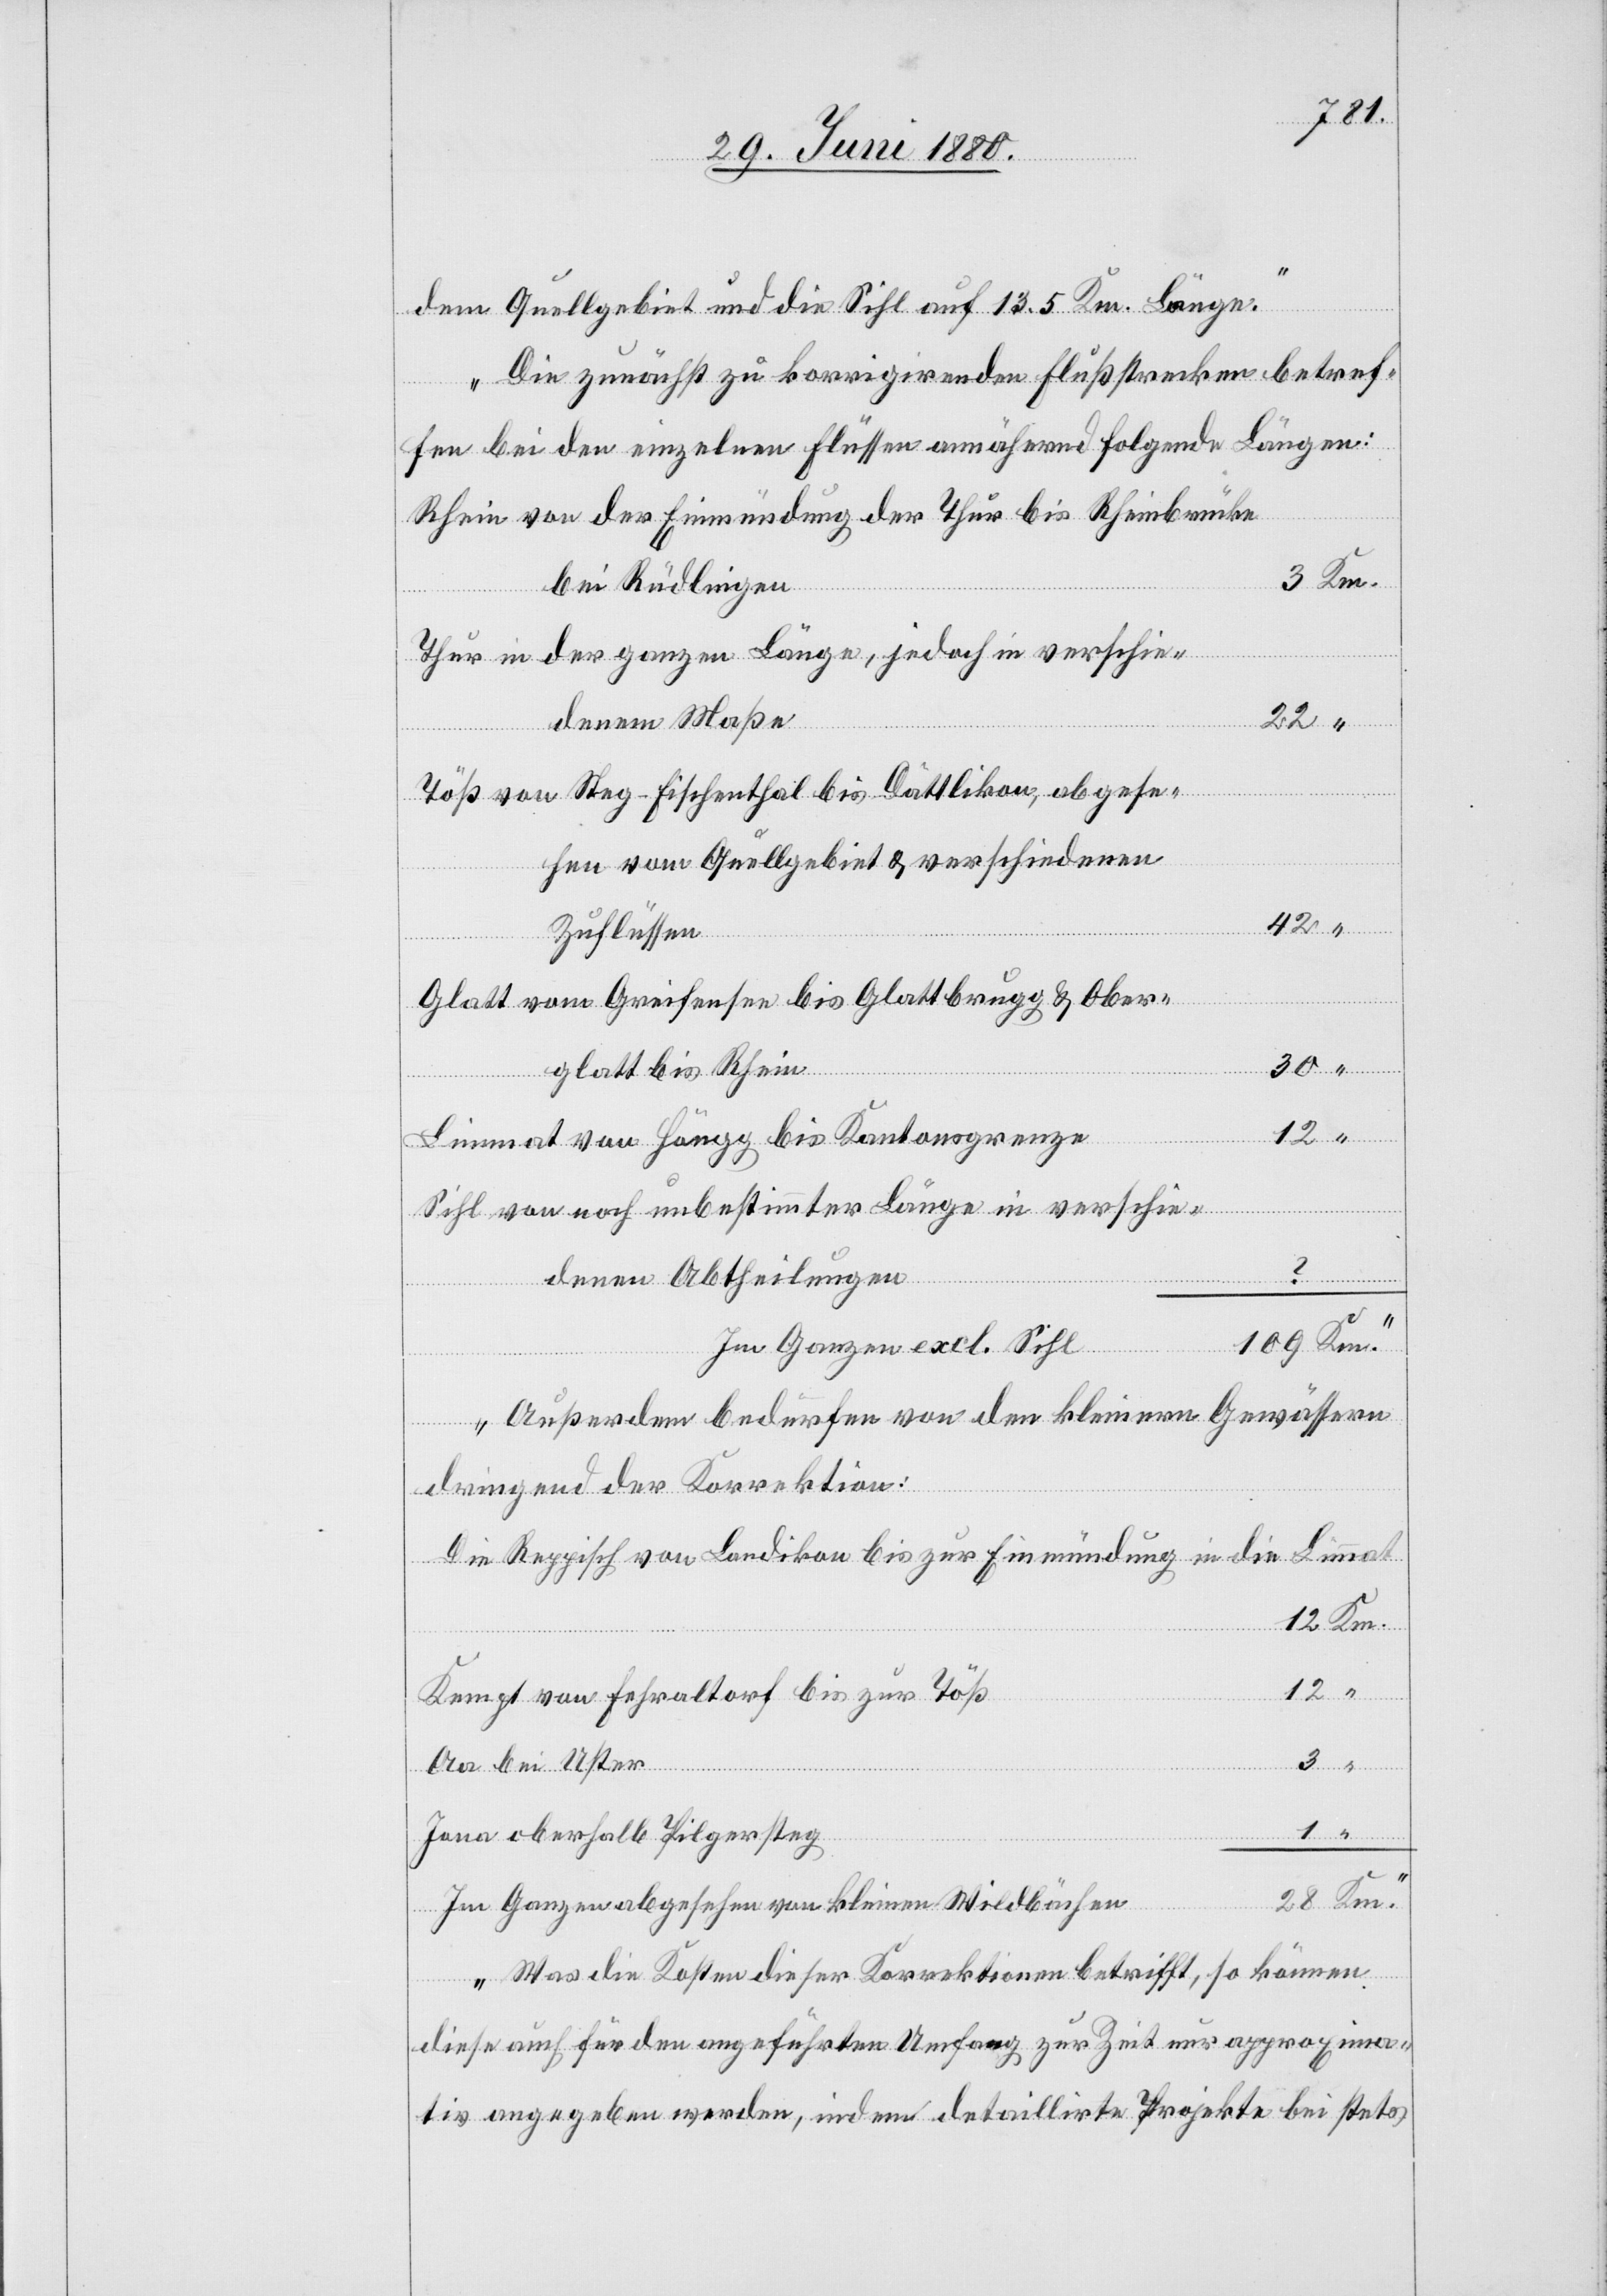
dem Quellgebiet und die Sihl auf 13.5 Km. Länge.
Die zunächst zu korrigirenden Flußstrecken betref¬
fen bei den einzelnen Flüssen annähernd folgende Längen:
Rhein von der Einmündung der Thur bis Rheinbrücke
bei Rüdlingen
Km.
Thur in der ganzen Länge, jedoch in verschie¬
denem Maße
22
“
Töß von Steg - Fischenthal bis Dättlikon, abgese¬
hen vom Quellgebiet & verschiedenen
Zuflüssen
“
Glatt von Greifensee bis Glattbrugg & Ober¬
glatt bis Rhein
Limmat von Höngg bis Kantonsgrenze
Sihl von noch unbestimmter Länge in verschie¬
denen Abtheilungen
?
Im Ganzen excl. Sihl
Außerdem bedürfen von den kleinern Gewässern
dringend der Korrektion:
Die Reppisch von Landikon bis zur Einmündung in die Limmat
Kempt von Fehraltorf bis zur Töß
Aa bei Uster
Km.
Jona oberhalb Pilgersteg
1
Im Ganzen abgesehen von kleinen Wildbächen
Was die Kosten dieser Korrektionen betrifft, so können
diese auch für den angeführten Umfang zur Zeit nur approxima¬
tiv angegeben werden, indem detaillirte Projekte bei stets